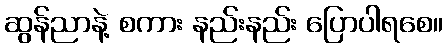
ဆွန်ညာနဲ့ စကား နည်းနည်း ပြောပါရစေ။